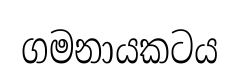
ගමනායකටය